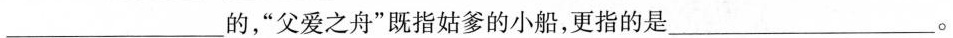
___的，”父爱之舟”既指姑爹的小船，更指的是___。